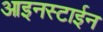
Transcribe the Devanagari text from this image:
आइनस्टाईन